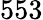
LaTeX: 553